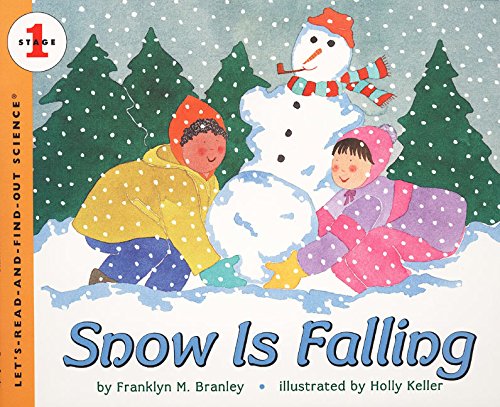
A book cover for Snow Is Falling (Let's-Read-and-Find-Out Science, Stage 1); Franklyn M. Branley; Children's Books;